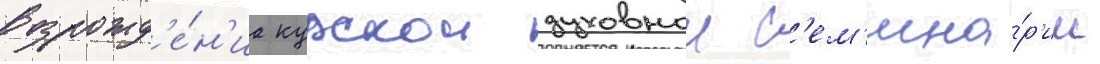
возрожд'е́н'иа курскои духовнои с'ем'ина́р'ии